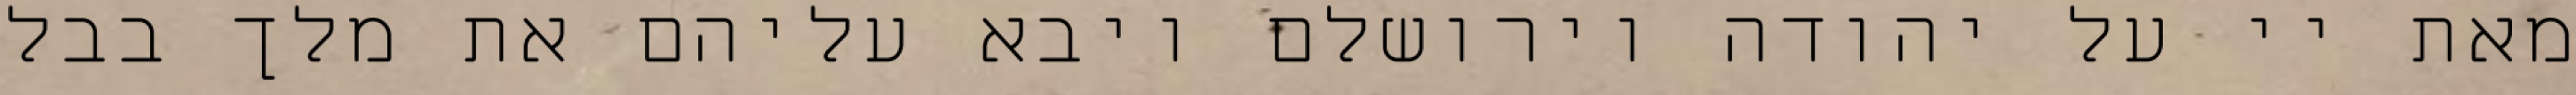
מאת יי על יהודה וירושלם ויבא עליהם את מלך בבל